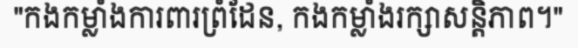
"កងកម្លាំងការពារព្រំដែន, កងកម្លាំងរក្សាសន្តិភាព។"